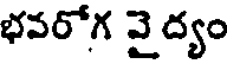
భవరోగ వై ద్యం